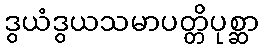
ဒွယံဒွယသမာပတ္တိပုစ္ဆာ